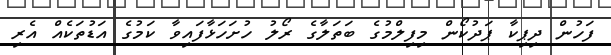
ފަހުން ދިޕިކާ ޕަދުކޯން މިފިލްމުގެ ބަތަލާގެ ރޯލު ހުށަހަޅާފައިވާ ކަމުގެ އަޑުތަކެއް އެރި